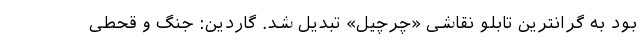
بود به گرانترین تابلو نقاشی «چرچیل» تبدیل شد. گاردین: جنگ و قحطی